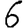
Digit: 6